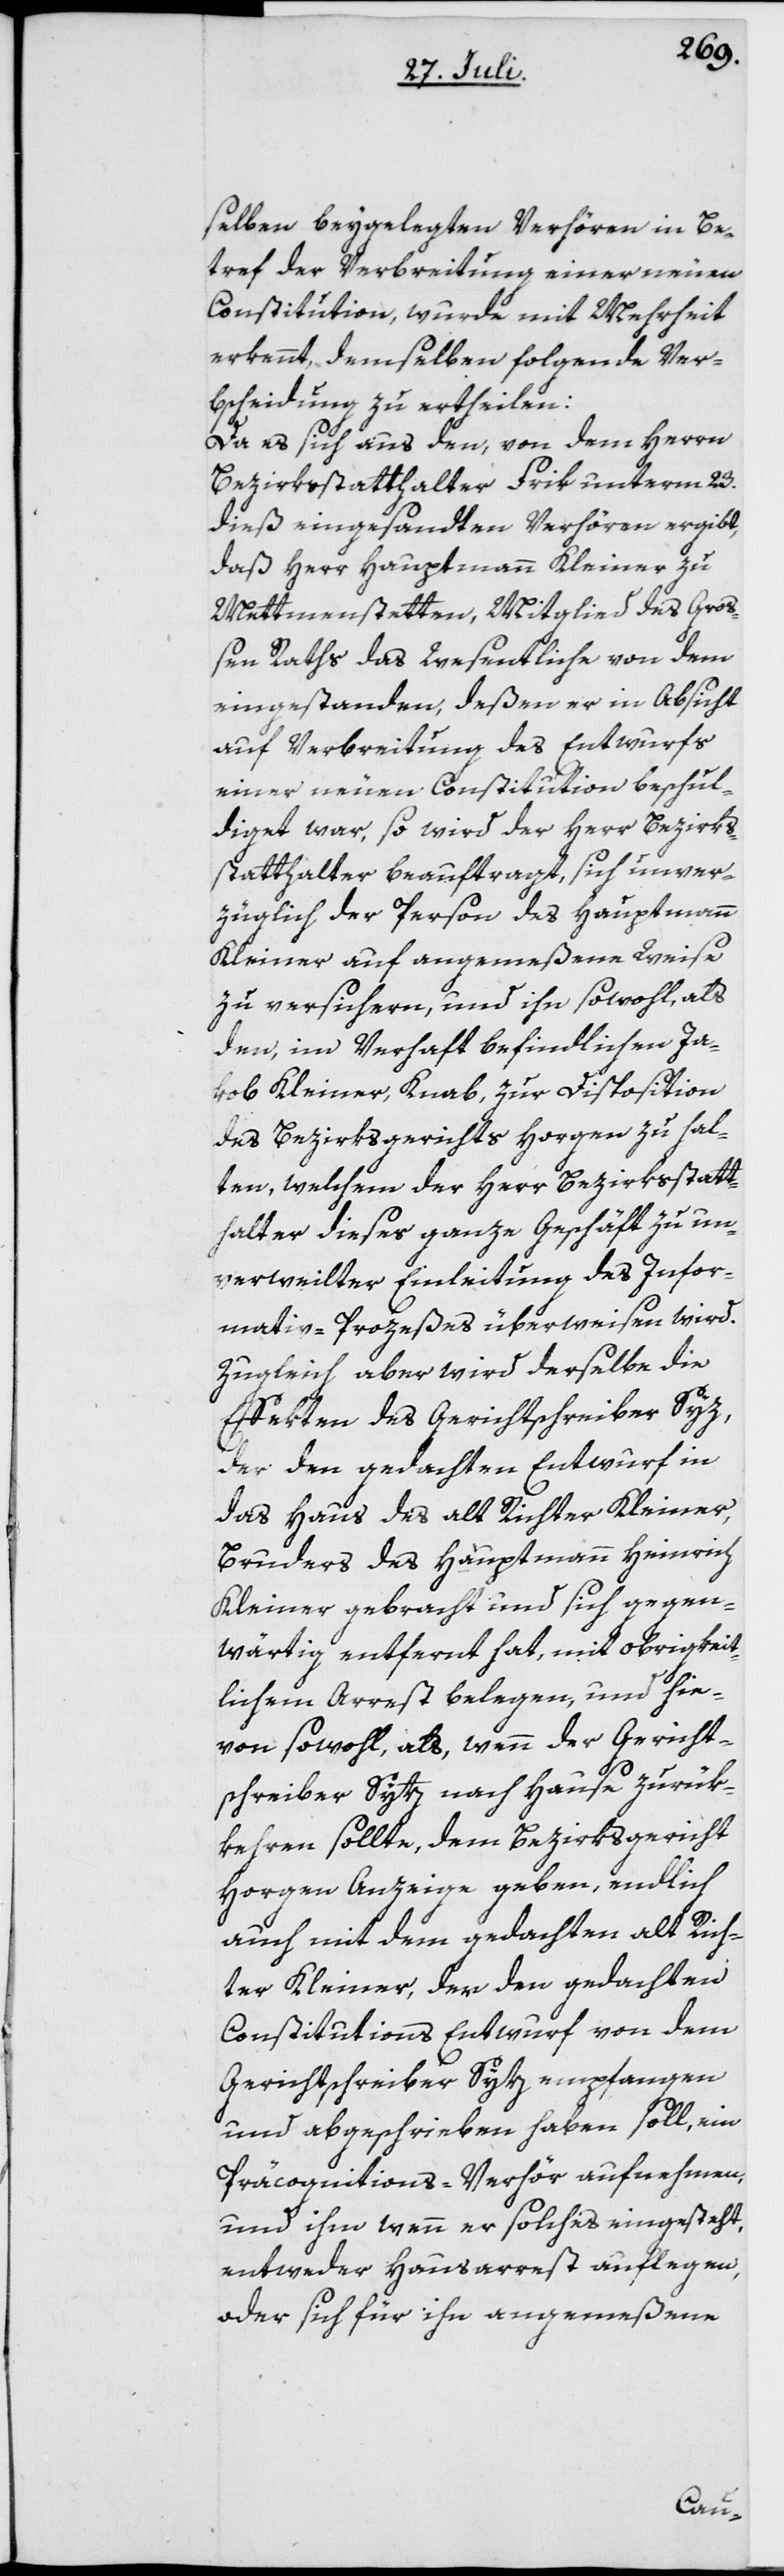
selben beygelegten Verhören in Be¬
tref der Verbreitung einer neuen
Constitution, wurde mit Mehrheit
erkennt, demselben folgende Ver¬
bscheidung zu ertheilen:
Da es sich aus den, von dem Herrn
Bezirksstatthalter Frik unterm 23.
dieß eingesandten Verhören ergibt,
daß Herr Hauptmann Kleiner zu
Mettmenstetten, Mitglied des Gro¬
ßen Raths das Wesentliche von dem
eingestanden, deßen er in Absicht
auf Verbreitung des Entwurfs
einer neuen Constitution beschul¬
diget war, so wird der Herr Bezirks¬
statthalter beauftragt, sich unver¬
züglich der Person des Hauptmann
Kleiner auf angemeßene Weise
zu versichern, und ihn sowohl, als
den, im Verhaft befindlichen Ja¬
kob Kleiner, Knab, zur Disposition
des Bezirksgerichts Horgen zu hal¬
ten, welchem der Herr Bezirksstatt¬
halter dieses ganze Geschäft zu un¬
verweilter Einleitung des Infor¬
mativ-Prozeßes überweisen wird.
Zugleich aber wird derselbe die
Effekten des Gerichtschreiber Syz,
der den gedachten Entwurf in
das Haus des alt Richter Kleiner,
Bruders des Hauptmann Heinrich
Kleiner gebracht und sich gegen¬
wärtig entfernt hat, mit obrigkeit¬
lichem Arrest belegen, und hie¬
von sowohl, als, wenn der Gericht¬
schreiber Sytz [sic!] nach Hause zurük¬
kehren sollte, dem Bezirksgericht
Horgen Anzeige geben, endlich
auch mit dem gedachten alt Rich¬
ter Kleiner, der den gedachten
Constitutions Entwurf von dem
Gerichtschreiber Sytz empfangen
und abgeschrieben haben soll, ein
Präcognitions-Verhör aufnehmen,
und ihm wenn er solches eingesteht,
entweder Hausarrest auflegen,
oder sich für ihn angemeßene